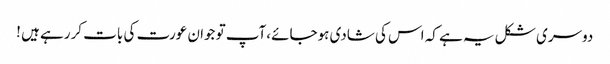
دوسری شکل یہ ہے کہ اس کی شادی ہوجائے،آپ تو جوان عورت کی بات کررہے ہیں !